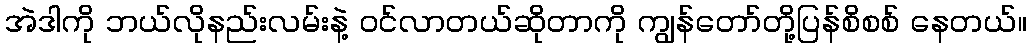
အဲဒါကို ဘယ်လိုနည်းလမ်းနဲ့ ဝင်လာတယ်ဆိုတာကို ကျွန်တော်တို့ပြန်စိစစ် နေတယ်။